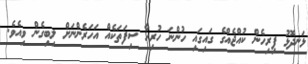
ޅަނދޮޅު ފިރިހެން ކުއްޖެއްގެ ގައިގައި ހުންނަ ހުރިހާ ސިފަތަކެއް އަހަރެންނަށް ލިބިގެން ވިއެވެ.